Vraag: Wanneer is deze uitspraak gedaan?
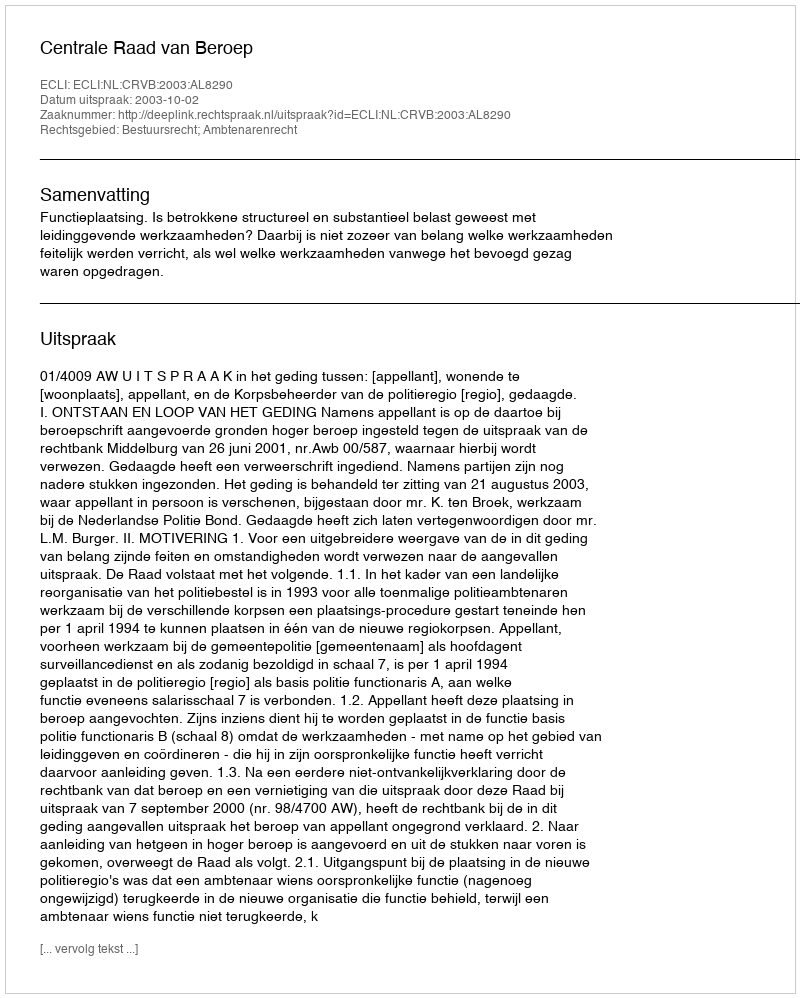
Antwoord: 2003-10-02